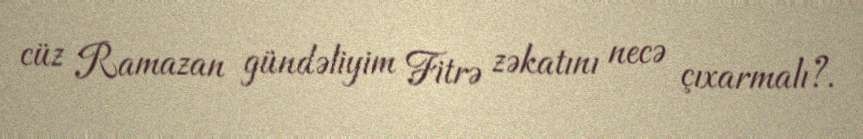
cüz Ramazan gündəliyim Fitrə zəkatını necə çıxarmalı?.